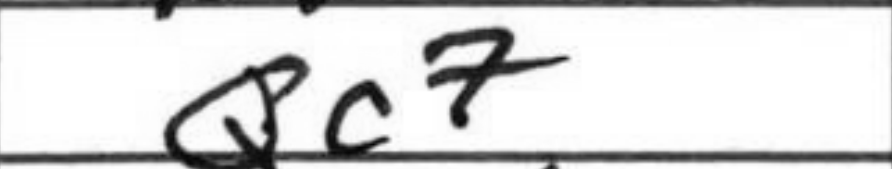
Transcription: Qc7